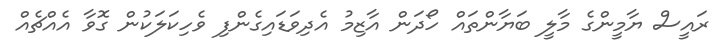
ރައީސް ޔާމީންގެ މާލީ ބަޔާންތައް ހޯދަން އާޒިމު އެދިވަޑައިގެންފި ވެހިކަލަކުން ގޮވާ އެއްޗެއް